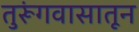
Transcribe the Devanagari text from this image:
तुरूंगवासातून